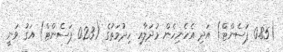
(0.85 ޕަސެންޓް) އަދި އެހެނިހެން މުދަލާއި ހިދުމަތުގެ (0.23 ޕަސެންޓް) އަގު ވަނީ